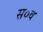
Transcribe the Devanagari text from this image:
स०व